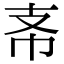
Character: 𢺶